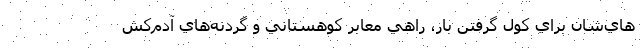
هاي‌شان براي كول گرفتن بار، راهي معابر كوهستاني و گردنه‌هاي آدم‌كش